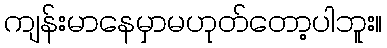
ကျန်းမာနေမှာမဟုတ်တော့ပါဘူး။